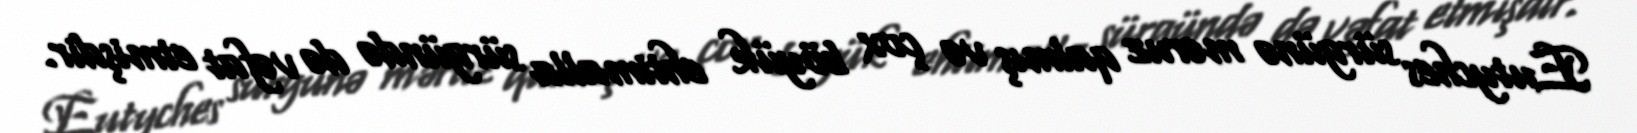
Eutyches sürgünə məruz qalmış və çox böyük ehtimalla sürgündə də vəfat etmişdir.